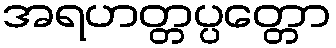
အရဟတ္တပ္ပတ္တော